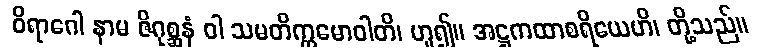
ဝိရာဂေါ နာမ ဇိဂုစ္ဆနံ ဝါ သမတိက္ကမောဝါတိ၊ ဟူ၍။ အဋ္ဌကထာစရိယေဟိ၊ တို့သည်။